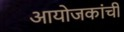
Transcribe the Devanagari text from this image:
आयोजकांची